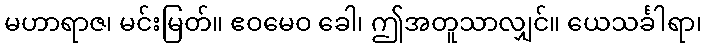
မဟာရာဇ၊ မင်းမြတ်။ ဧဝမေဝ ခေါ၊ ဤအတူသာလျှင်။ ယေသင်္ခါရာ၊